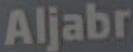
Aljabr